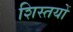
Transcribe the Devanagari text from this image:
शिस्तयों